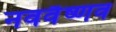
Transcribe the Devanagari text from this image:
नववैष्णव